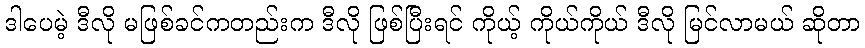
ဒါပေမဲ့ ဒီလို မဖြစ်ခင်ကတည်းက ဒီလို ဖြစ်ပြီးရင် ကိုယ့် ကိုယ်ကိုယ် ဒီလို မြင်လာမယ် ဆိုတာ